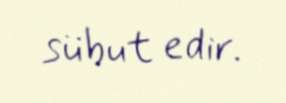
sübut edir.